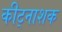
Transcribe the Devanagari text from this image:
कीट्नाशक